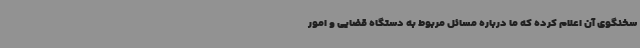
سخنگوی آن اعلام کرده که ما درباره مسائل مربوط به دستگاه قضایی و امور